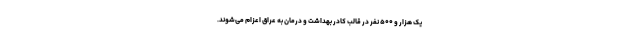
یک هزار و ۵۰۰ نفر در قالب کادر بهداشت و درمان به عراق اعزام می‌شوند.